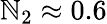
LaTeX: \mathbb{N}_{2}\approx0.6